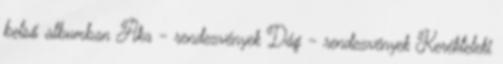
belső albumban Aka - rendezvények Dág - rendezvények Kerékteleki